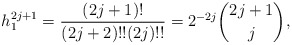
\begin{align*}h_{1}^{2j+1}=\frac{(2j+1)!}{(2j+2)!!(2j)!!}=2^{-2j}\binom{2j+1}{j},\end{align*}